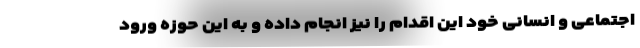
اجتماعی و انسانی خود این اقدام را نیز انجام داده و به این حوزه ورود